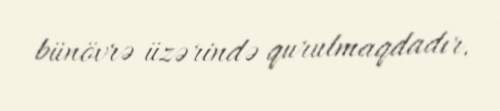
bünövrə üzərində qurulmaqdadır.